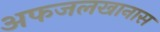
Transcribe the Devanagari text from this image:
अफजलखानास